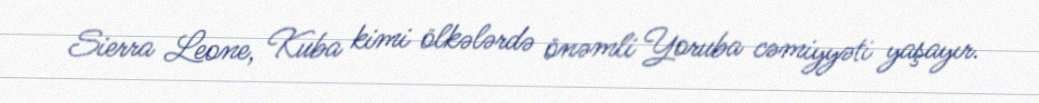
Sierra Leone, Kuba kimi ölkələrdə önəmli Yoruba cəmiyyəti yaşayır.